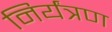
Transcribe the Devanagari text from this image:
निर्यंत्रण